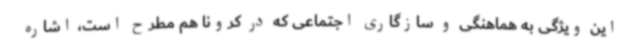
این ویژگی به هماهنگی و سازگاری اجتماعی که در کرونا هم مطرح است، اشاره